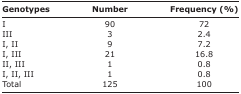
<table><thead><tr><td><b>Genotypes</b></td><td><b>Number</b></td><td><b>Frequency (%)</b></td></tr></thead><tbody><tr><td>I</td><td>90</td><td>72</td></tr><tr><td>III</td><td>3</td><td>2.4</td></tr><tr><td>I, II</td><td>9</td><td>7.2</td></tr><tr><td>I, III</td><td>21</td><td>16.8</td></tr><tr><td>II, III</td><td>1</td><td>0.8</td></tr><tr><td>I, II, III</td><td>1</td><td>0.8</td></tr><tr><td>Total</td><td>125</td><td>100</td></tr></tbody></table>